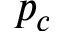
p _ { c }